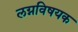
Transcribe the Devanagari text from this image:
लग्नविषयक